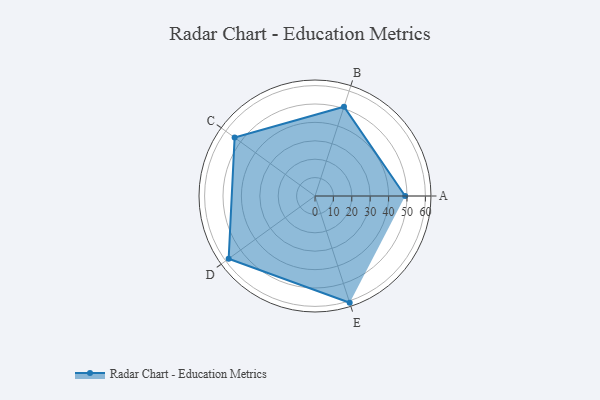
{"axis": {"x": "Skill", "y": "Score"}, "legend": ["Profile"], "data": [{"x": "A", "y": 49.0, "type": "Profile"}, {"x": "B", "y": 51.0, "type": "Profile"}, {"x": "C", "y": 54.0, "type": "Profile"}, {"x": "D", "y": 58.0, "type": "Profile"}, {"x": "E", "y": 61.0, "type": "Profile"}]}